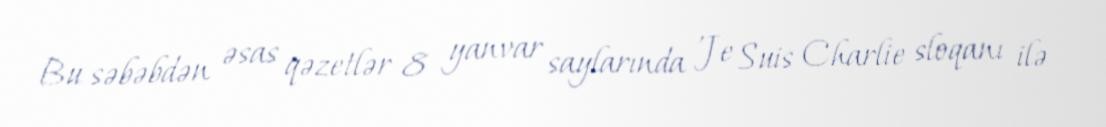
Bu səbəbdən əsas qəzetlər 8 yanvar saylarında 'Je Suis Charlie sloqanı ilə